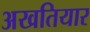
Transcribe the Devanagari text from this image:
अखतियार